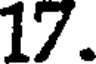
17.